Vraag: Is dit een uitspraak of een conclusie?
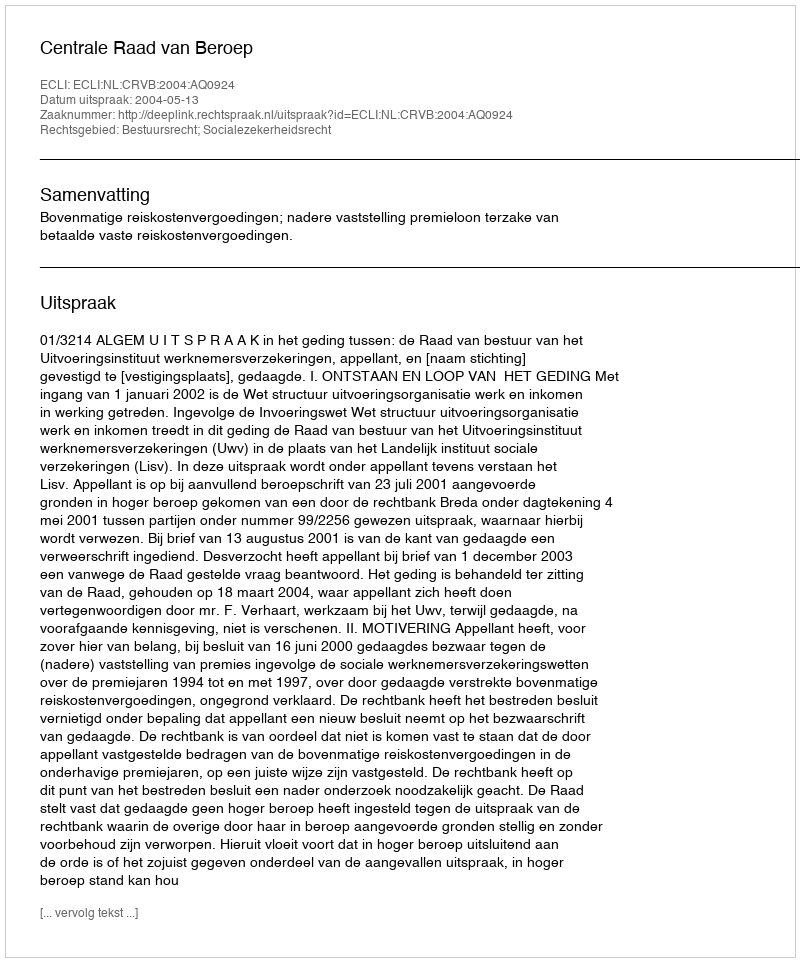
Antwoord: Uitspraak